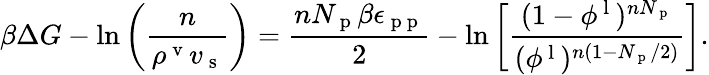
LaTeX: \beta\Delta G-\ln\left(\frac{n}{\rho^{\mathrm{~v~}}v_{\mathrm{~s~}}}\right)=\frac{nN_{\mathrm{~p~}}\beta\epsilon_{\mathrm{~p~p~}}}{2}-\ln\left[\frac{(1-\phi^{\mathrm{~l~}})^{nN_{\mathrm{~p~}}}}{(\phi^{\mathrm{~l~}})^{n(1-N_{\mathrm{~p~}}/2)}}\right].